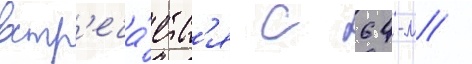
встр'еча́етс'я с 64-м /